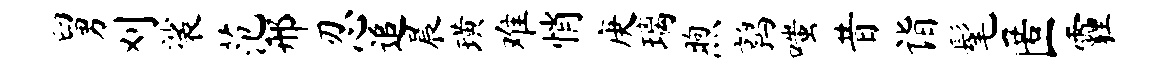
舅刈裟范邢忍追晨璜难悄庚璃煦鹑嗤昔诣髦匿霾